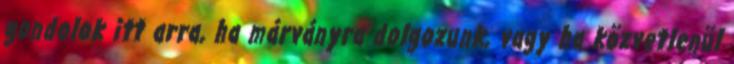
gondolok itt arra, ha márványra dolgozunk, vagy ha közvetlenül